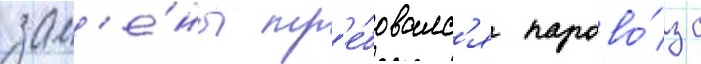
зам'е́ны тр'е́бовалс'я парово́з с